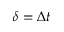
\delta = \Delta t